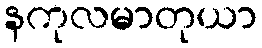
နကုလမာတုယာ